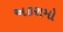
અકરામો